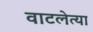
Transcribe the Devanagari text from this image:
वाटलेत्या